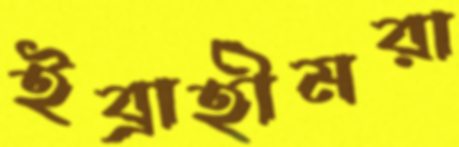
ইব্রাহীমরা